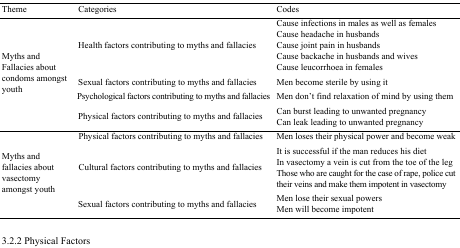
<table><thead><tr><td><b>Theme</b></td><td><b>Categories</b></td><td><b>Codes</b></td></tr></thead><tbody><tr><td rowspan="4">Myths and Fallacies about condoms amongst youth</td><td>Health factors contributing to myths and fallacies</td><td>Cause infections in males as well as femalesCause headache in husbandsCause joint pain in husbandsCause backache in husbands and wivesCause leucorrhoea in females</td></tr><tr><td>Sexual factors contributing to myths and fallacies</td><td>Men become sterile by using it</td></tr><tr><td>Psychological factors contributing to myths and fallacies</td><td>Men don’t find relaxation of mind by using them</td></tr><tr><td>Physical factors contributing to myths and fallacies</td><td>Can burst leading to unwanted pregnancyCan leak leading to unwanted pregnancy</td></tr><tr><td rowspan="3">Myths and fallacies about vasectomy amongst youth</td><td>Physical factors contributing to myths and fallacies</td><td>Men loses their physical power and become weak</td></tr><tr><td>Cultural factors contributing to myths and fallacies</td><td>It is successful if the man reduces his dietIn vasectomy a vein is cut from the toe of the legThose who are caught for the case of rape, police cut their veins and make them impotent in vasectomy</td></tr><tr><td>Sexual factors contributing to myths and fallacies</td><td>Men lose their sexual powersMen will become impotent</td></tr></tbody></table>